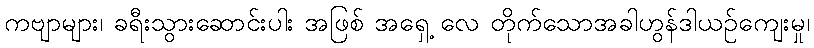
ကဗျာများ၊ ခရီးသွားဆောင်းပါး အဖြစ် အရှေ့ လေ တိုက်သောအခါဟွန်ဒါယဉ်ကျေးမှု၊